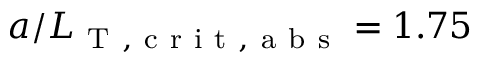
a / L _ { \mathrm { ~ T ~ , ~ c ~ r ~ i ~ t ~ , ~ a ~ b ~ s ~ } } = 1 . 7 5